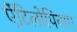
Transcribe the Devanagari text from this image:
ऐंटिलोपिनाए